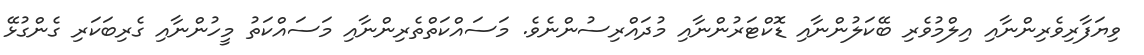
ވިޔަފާރިވެރިންނާއި އިލްމުވެރި ބޭކަލުންނާއި ޑޮކްޓަރުންނާއި މުދައްރިސުންނެވެ. މަސައްކަތްތެރިންނާއި މަސައްކަތު މީހުންނާއި ގެރިބަކަރި ގެންގުޅޭ